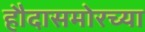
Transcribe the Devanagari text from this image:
हौदासमोरच्या